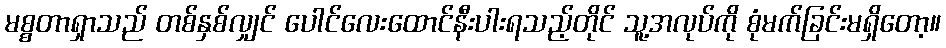
မစ္စတာရှာသည် တစ်နှစ်လျှင် ပေါင်လေးထောင်နီးပါးရသည့်တိုင် သူ့အလုပ်ကို စုံမက်ခြင်းမရှိတော့။